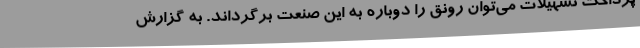
پرداخت تسهیلات می‌توان رونق را دوباره به این صنعت برگرداند. به گزارش